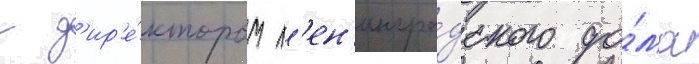
с д'ир'е́ктором л'ен'ингра́дского до́ма